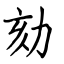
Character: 劾